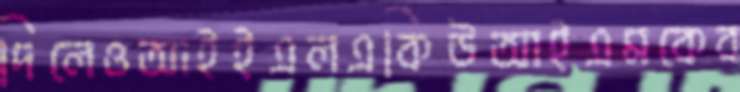
দিলেওআইইএলএকিউআইএমকেব